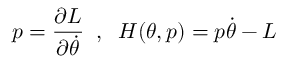
p = \frac { \partial L } { \partial \dot { \theta } } \; \; , \; \; H ( \theta , p ) = p \dot { \theta } - L